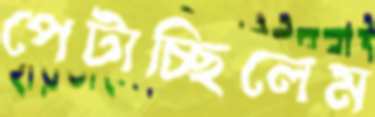
পেটাচ্ছিলেম